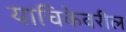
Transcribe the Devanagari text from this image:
याचिकेवरील